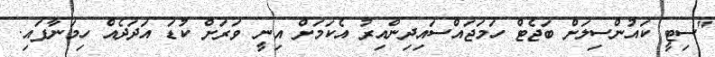
"ސިޓީ ކައުންސިލަށް ބަޖެޓް ހަމަޖައްސައިދިންއިރު އެކަމަށް އިނީ ވަރަށް ކުޑަ އަދަދެއް ހިމަނާފައި.